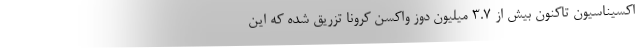
اکسیناسیون تاکنون بیش از 3.7 میلیون دوز واکسن کرونا تزریق شده که این